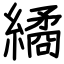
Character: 繘